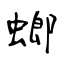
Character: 螂